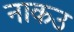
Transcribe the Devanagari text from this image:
नाकउ